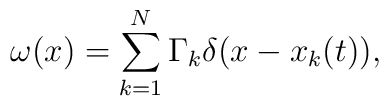
\omega(x)=\sum_{k=1}^N \Gamma_k \delta(x-	x_k(t)),